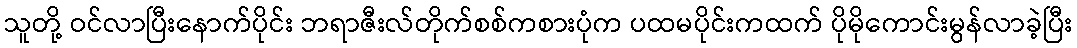
သူတို့ ဝင်လာပြီးနောက်ပိုင်း ဘရာဇီးလ်တိုက်စစ်ကစားပုံက ပထမပိုင်းကထက် ပိုမိုကောင်းမွန်လာခဲ့ပြီး